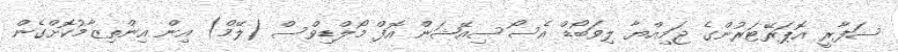
ސަފާރީ އޮޕަރޭޓަރުންގެ ޖަމިއްޔާ ލިވަބޯޑް އެސޯސިއޭޝަން އޮފް މޯލްޑިވްސް (ލޭމް) އިން އިންތިޒާމުކޮށްގެން